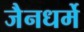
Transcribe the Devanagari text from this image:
जैनधर्मे